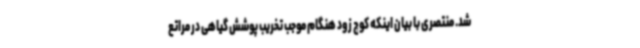
شد. منتصری با بیان اینکه کوچ زود هنگام موجب تخریب پوشش گیاهی در مراتع